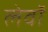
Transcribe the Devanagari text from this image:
लेवॉ